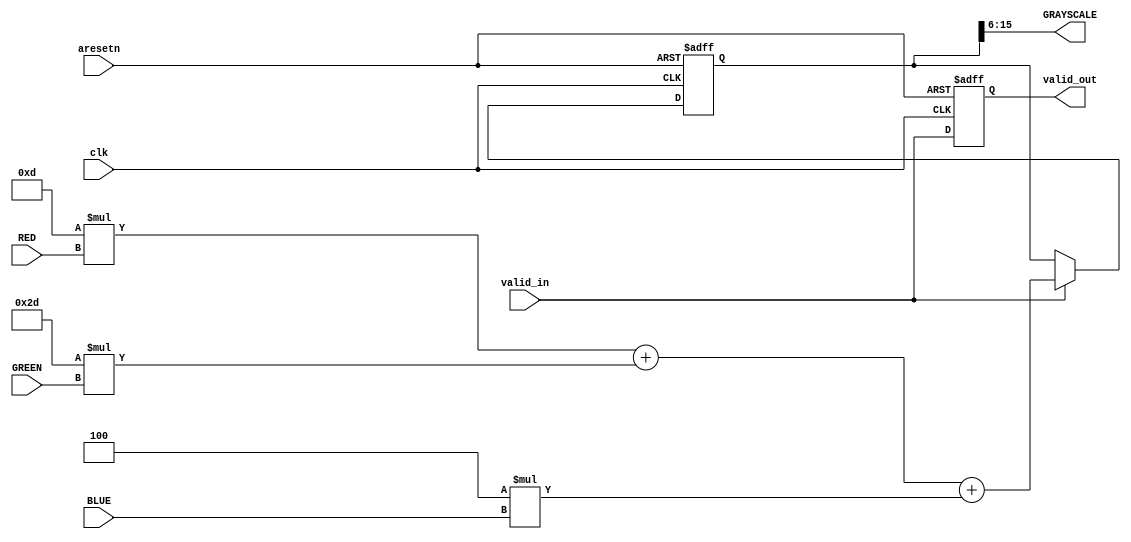
module rgb_to_grayscale #(
	parameter rgb_width = 10
)(
	input 		          					clk,
	input wire		    [(rgb_width-1):0]	RED,
	input wire			[(rgb_width-1):0]	GREEN,
	input wire			[(rgb_width-1):0]	BLUE,
	output wire 		[(rgb_width-1):0]	GRAYSCALE,
	input									valid_in,
	input									aresetn,
	output									valid_out
);
localparam frac_width  = 6;
localparam fixed_width = frac_width + rgb_width;
localparam red_coeff   = 13; 
localparam green_coeff = 45; 
localparam blue_coeff  = 4;  
reg [(fixed_width-1):0] int_gray;
reg 	   			  	int_valid_out;
assign GRAYSCALE = int_gray[(fixed_width-1):frac_width];
assign valid_out = int_valid_out;
always @(posedge clk or negedge aresetn) begin
	if (~aresetn) 		int_gray <= 0;
	else if (valid_in)	int_gray <= red_coeff*RED + green_coeff*GREEN + blue_coeff*BLUE;
	else 				int_gray <= int_gray;
end
always @(posedge clk or negedge aresetn) begin
	if (~aresetn) 	int_valid_out <= 0;
	else 			int_valid_out <= valid_in;
end
endmodule